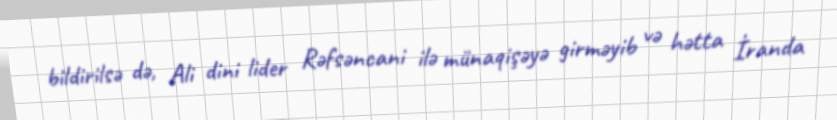
bildirilsə də, Ali dini lider Rəfsəncani ilə münaqişəyə girməyib və hətta İranda